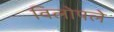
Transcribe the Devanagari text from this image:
विलोपले